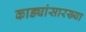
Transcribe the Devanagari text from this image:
काड्यांसारख्या